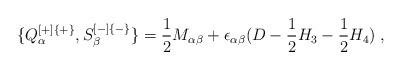
LaTeX: \begin{align*} \{Q^{[+]\{+\}}_\alpha, S^{[-]\{-\}}_\beta\} = {1\over 2} M_{\alpha\beta} + \epsilon_{\alpha\beta} (D - {1\over 2}H_3 - {1\over 2}H_4) \; ,\end{align*}